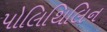
પોલિથિલિન